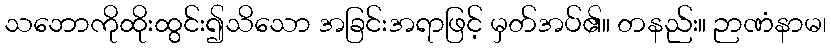
သဘောကိုထိုးထွင်း၍သိသော အခြင်းအရာဖြင့် မှတ်အပ်၏။ တနည်း။ ဉာဏံနာမ၊